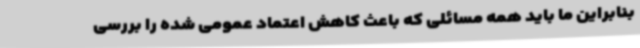
بنابراین ما باید همه مسائلی که باعث کاهش اعتماد عمومی شده را بررسی